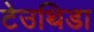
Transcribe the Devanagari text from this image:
टेउथिडा